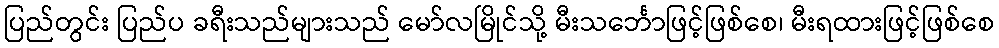
ပြည်တွင်း ပြည်ပ ခရီးသည်များသည် မော်လမြိုင်သို့ မီးသင်္ဘောဖြင့်ဖြစ်စေ၊ မီးရထားဖြင့်ဖြစ်စေ